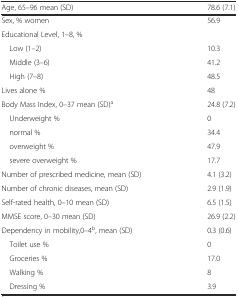
<table><thead><tr><td><b>Age, 65–96 mean (SD)</b></td><td><b>78.6 (7.1)</b></td></tr></thead><tbody><tr><td>Sex, % women</td><td>56.9</td></tr><tr><td>Educational Level, 1–8, %</td><td></td></tr><tr><td> Low (1–2)</td><td>10.3</td></tr><tr><td> Middle (3–6)</td><td>41.2</td></tr><tr><td> High (7–8)</td><td>48.5</td></tr><tr><td>Lives alone %</td><td>48</td></tr><tr><td>Body Mass Index, 0–37 mean (SD)<sup>a</sup></td><td>24.8 (7.2)</td></tr><tr><td> Underweight %</td><td>0</td></tr><tr><td> normal %</td><td>34.4</td></tr><tr><td> overweight %</td><td>47.9</td></tr><tr><td> severe overweight %</td><td>17.7</td></tr><tr><td>Number of prescribed medicine, mean (SD)</td><td>4.1 (3.2)</td></tr><tr><td>Number of chronic diseases, mean (SD)</td><td>2.9 (1.9)</td></tr><tr><td>Self-rated health, 0–10 mean (SD)</td><td>6.5 (1.5)</td></tr><tr><td>MMSE score, 0–30 mean (SD)</td><td>26.9 (2.2)</td></tr><tr><td>Dependency in mobility,0–4<sup>b</sup>, mean (SD)</td><td>0.3 (0.6)</td></tr><tr><td> Toilet use %</td><td>0</td></tr><tr><td> Groceries %</td><td>17.0</td></tr><tr><td> Walking %</td><td>8</td></tr><tr><td> Dressing %</td><td>3.9</td></tr></tbody></table>